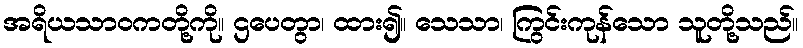
အရိယသာဝကတို့ကို။ ဌပေတွာ၊ ထား၍။ သေသာ၊ ကြွင်းကုန်သော သူတို့သည်။